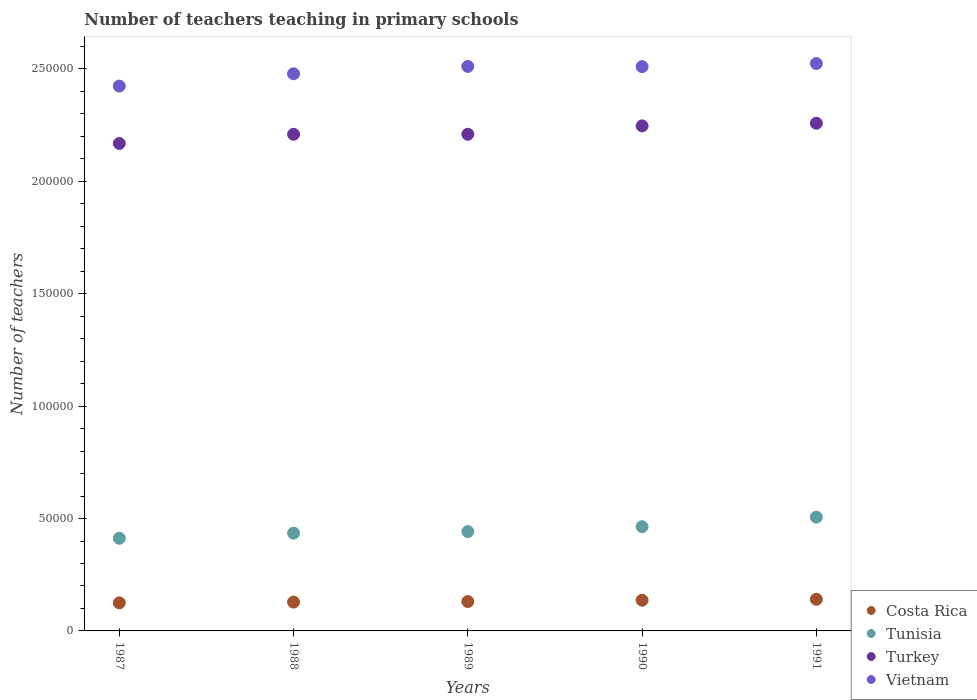
| Years | Costa Rica | Tunisia | Turkey | Vietnam |
 | --- | --- | --- | --- | --- |
 | 1987 | 1.25e+04 | 4.12e+04 | 2.17e+05 | 2.42e+05 |
 | 1988 | 1.28e+04 | 4.35e+04 | 2.21e+05 | 2.48e+05 |
 | 1989 | 1.31e+04 | 4.42e+04 | 2.21e+05 | 2.51e+05 |
 | 1990 | 1.37e+04 | 4.64e+04 | 2.25e+05 | 2.51e+05 |
 | 1991 | 1.41e+04 | 5.06e+04 | 2.26e+05 | 2.52e+05 |